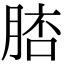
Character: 𦜟